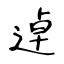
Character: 逴